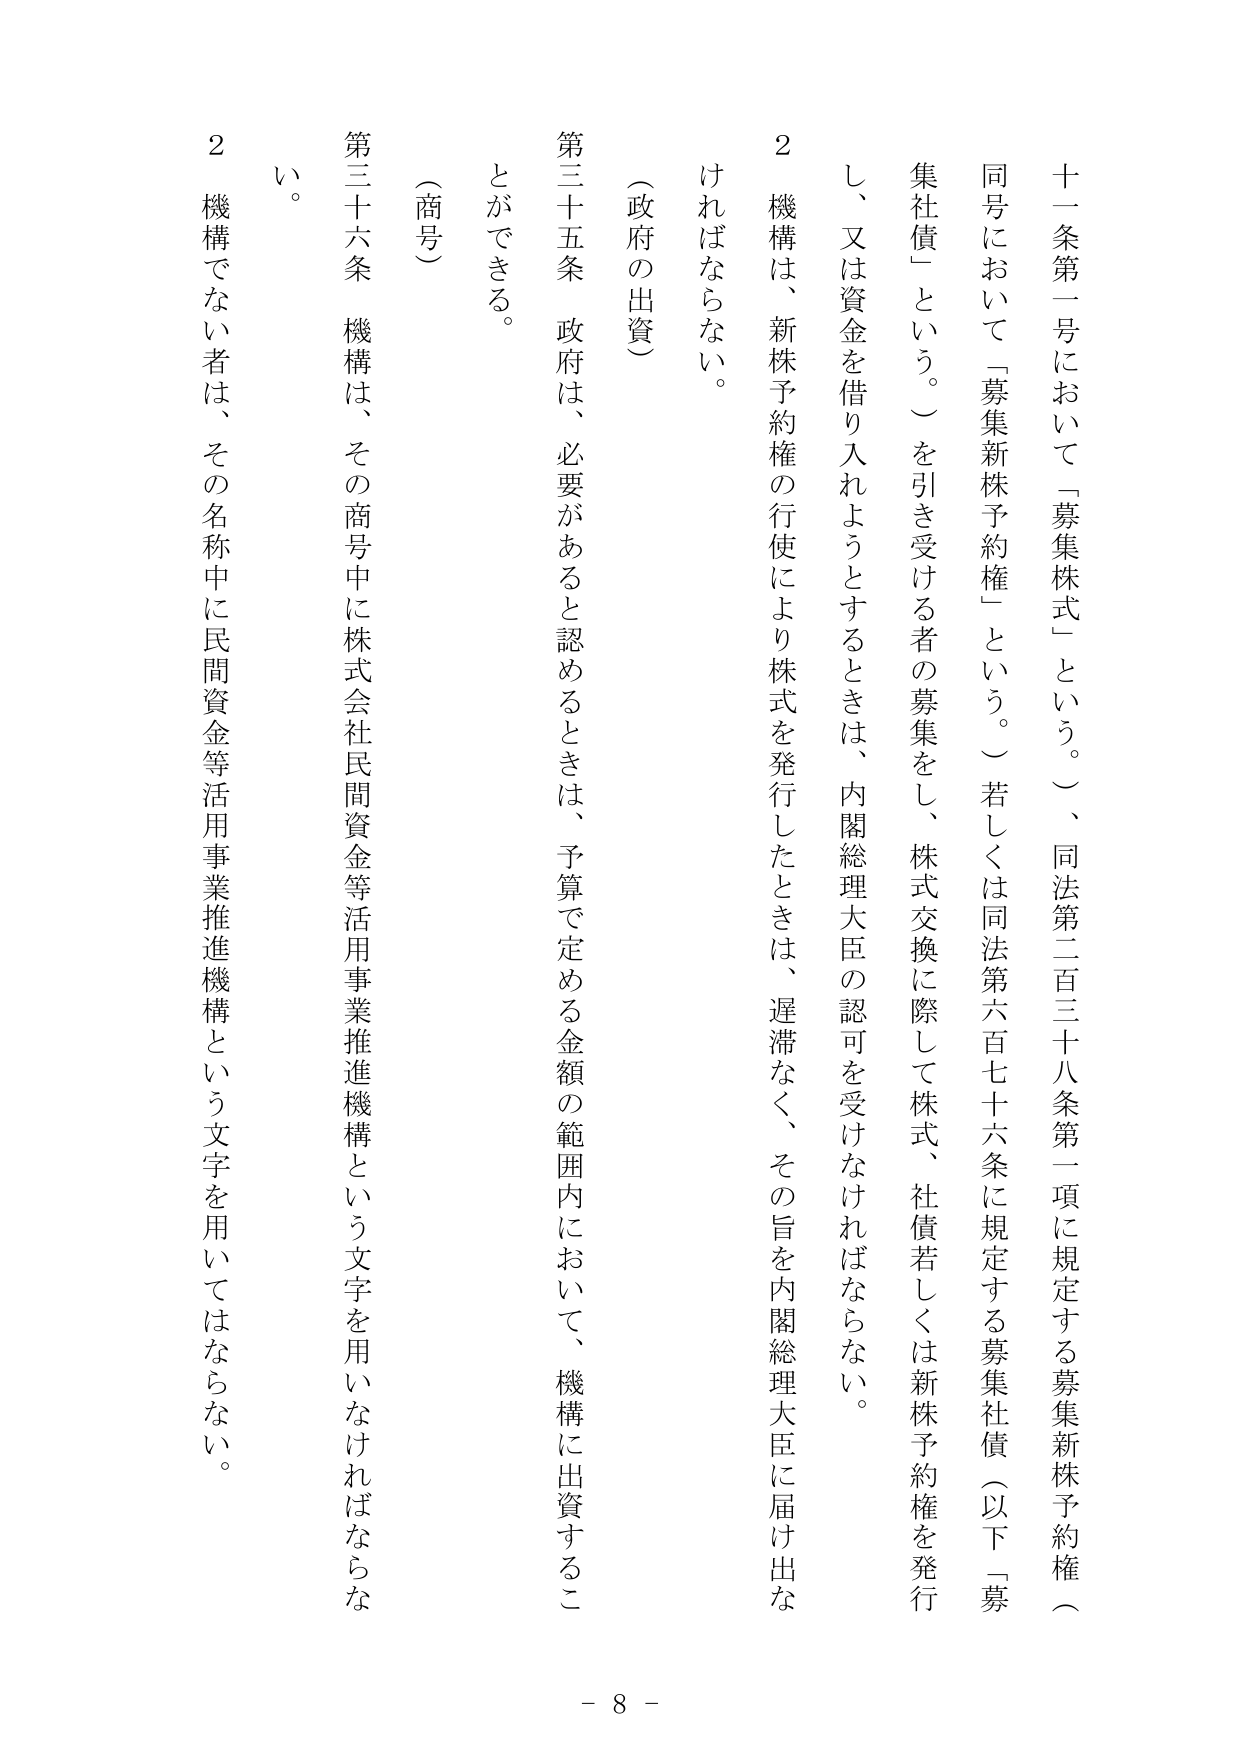
十一條第一号において「募集株式」という。）、同法第二百三十八条第一項に規定する募集新株予約権（同号において「募集新株予約権」という。）若しくは同法第六百七十六条に規定する募集社債（以下「募集社債」という。）を引き受ける者の募集をし、株式交換に際して株式、社債若しくは新株予約権を発行し、又は資金を借り入れようとするときは、内閣総理大臣の認可を受けなければならない。

２ 機構は、新株予約権の行使により株式を発行したときは、遅滞なく、その旨を内閣総理大臣に届け出なければならない。

（政府の出資）

第三十五条 政府は、必要があると認めるときは、予算で定める金額の範囲内において、機構に出資することができる。

（商号）

第三十六条 機構は、その商号中に株式会社民間資金等活用事業推進機構という文字を用いなければならない。

２ 機構でない者は、その名称中に民間資金等活用事業推進機構という文字を用いてはならない。

－ 8 －